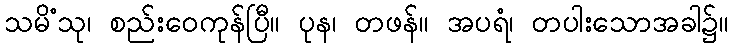
သမိံသု၊ စည်းဝေကုန်ပြီ။ ပုန၊ တဖန်။ အပရံ၊ တပါးသောအခါ၌။